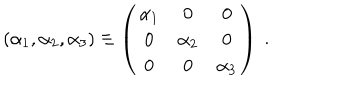
( \alpha _ { 1 } , \alpha _ { 2 } , \alpha _ { 3 } ) \equiv \left( \begin{array} { c c c } { { \alpha _ { 1 } } } & { { 0 } } & { { 0 } } \\ { { 0 } } & { { \alpha _ { 2 } } } & { { 0 } } \\ { { 0 } } & { { 0 } } & { { \alpha _ { 3 } } } \\ \end{array} \right) ~ . ~ \,